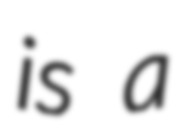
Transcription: is a